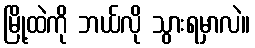
မြို့ထဲကို ဘယ်လို သွားရမှာလဲ။